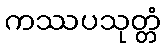
ကဿပသုတ္တံ